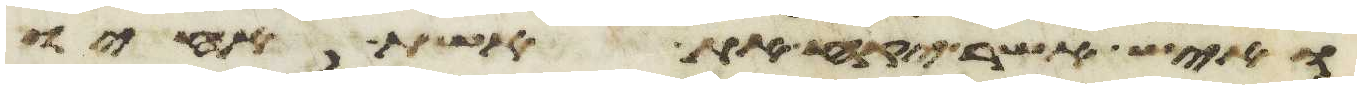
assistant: ואיש אשר יקח את אשת אחיו